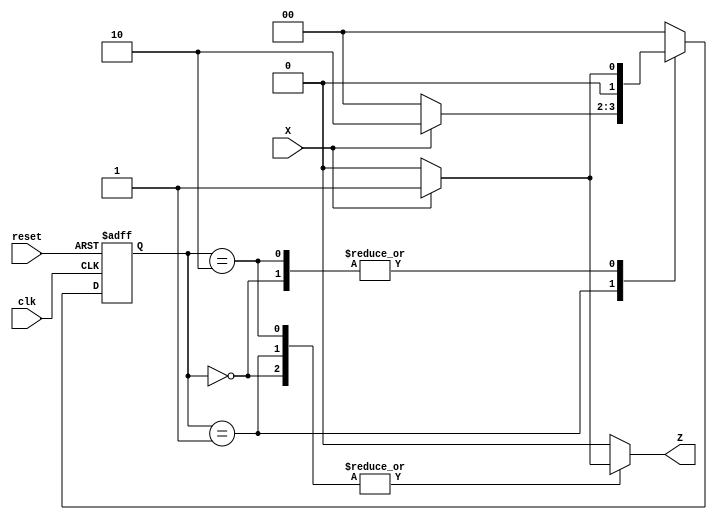
module MealyFSM (
    input wire clk,      // Clock signal
    input wire reset,    // Asynchronous reset signal
    input wire X,        // Input signal
    output reg Z         // Output signal
);

// State encoding
parameter S0 = 2'b00, 
          S1 = 2'b01, 
          S2 = 2'b10;

// State register
reg [1:0] current_state, next_state;

// State transition logic
always @(*) begin
    case (current_state)
        S0: begin
            if (X) begin
                next_state = S1; // Transition to S1 if X = 1
                Z = 1;           // Output Z = 1
            end else begin
                next_state = S0; // Stay in S0 if X = 0
                Z = 0;           // Output Z = 0
            end
        end

        S1: begin
            if (X) begin
                next_state = S2; // Transition to S2 if X = 1
                Z = 1;           // Output Z = 1
            end else begin
                next_state = S0; // Transition back to S0 if X = 0
                Z = 0;           // Output Z = 0
            end
        end

        S2: begin
            if (X) begin
                next_state = S1; // Transition back to S1 if X = 1
                Z = 1;           // Output Z = 1
            end else begin
                next_state = S0; // Transition back to S0 if X = 0
                Z = 0;           // Output Z = 0
            end
        end

        default: begin
            next_state = S0; // Default state (failsafe)
            Z = 0;           // Default output
        end
    endcase
end

// State update on clock edge
always @(posedge clk or posedge reset) begin
    if (reset) begin
        current_state <= S0; // Reset state to S0
    end else begin
        current_state <= next_state; // Update state to next state
    end
end

endmodule